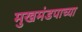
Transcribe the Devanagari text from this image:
मुखमंडपाच्या